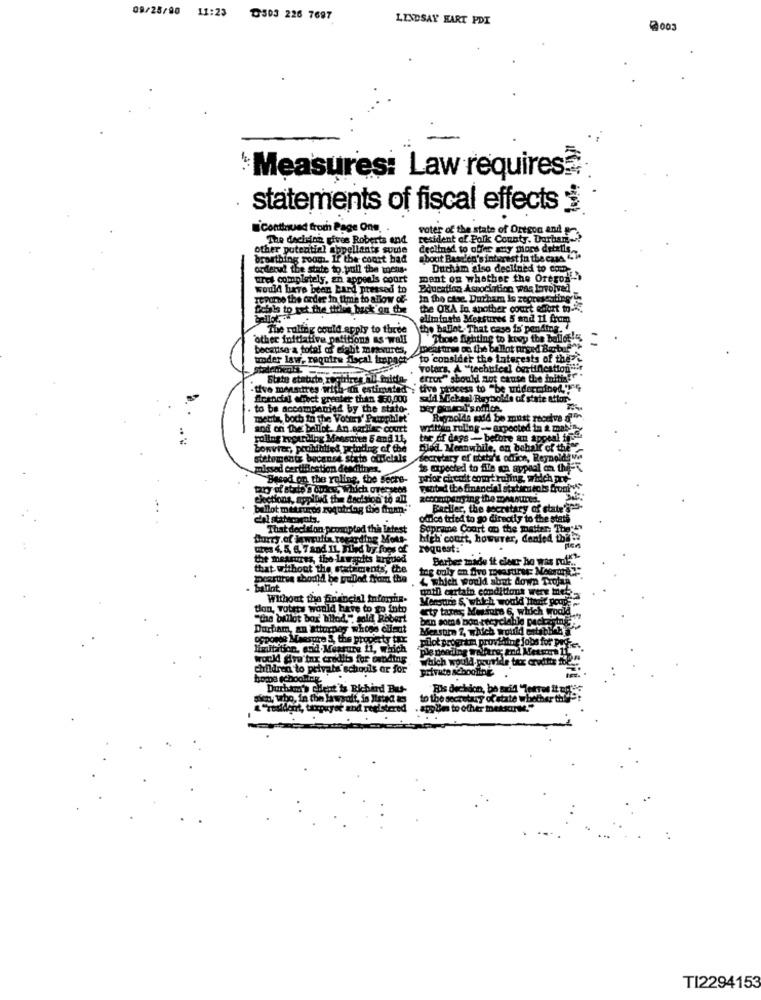
09/25/90 11:23 303 226 7697
LINDSAY HART PDI
2003
Measures: Law requires?
statements of fiscal effects i
icontinued from Page Ons.
voter of the state of Oregon and pr
The decision gives Roberts and
resident of Polk County. Durban ....
other potential appellants soute
declined to offer muy mors details.
breathing room. If the court had
about Bastien's interest in the case "i
orderud the state to pull the wochs.
Durham also declined to com
ures completely, an appeals court
mant on whether the Oregon-
would have been bard pressed to
Education Association was Involved
Tepore the order in time to allow of-
In the case. Durham Is representing"
Dobis to set the tirles back on the
the OKA In another court effort to -
allminsts Measures 5 and 11 from
The ruling could apply to three
the ballot That case is' pending.
other initiative patitions as well
Those fighting to kowy the ballot!
because-a total of ehabt measures,
meat tings od the ballot przed Bestof"
woder law, require docal Impact
to consider the Interests of the c
votar's, A "technical certification"""
Stato statute, regirin
"" should not cause the initi!".
-tive measures with-ih estimated : tive process to "be uddermined'y'}
-tive measures with ith estimated
ficandial efect greater than $60,000
safd Michael Rayholde of state attor-
to be accompanied by the stato-
mette, both in the Voum' Pamphlet
Reynolds sold be must receive ale
aod on the ballot An earlier court
written ruling -- expected in a mat
rollng regardlog Measures 5 and 11,
tor of days -- before an appeal ff
bowvier, prohititled prtoding of the
blod Meanwhile, on behalf of the"
statements because stato didelals
Secretary of thety's office, Reynolds ww
missed certification deadlines.
is mipected to Ale an atypaal on the-
Based on the ruling, the secre-
prior circuit court ruling, which are
ystad the financial statics tols broni
Clotions, applied the decision to all
accompanying the measured.
ballot metros requiring the from:"
Barller, the secretary of state'ge-
odico tried to go directly to the stati
That decision prompted thi letest
Supreme Court on the matter: The:""
Bhurry of lawrulla regarding Mots-
high court, howurer, denied thiba
ches 4,5, 6, 7and IL, Illed by foes of
request:"
the measures, the lavapits hrguod
Barber made it eler ho was rof ....
that without the statements, the
peartree should be pubod from the
L which would shut down Trojan
ballot
Without the financial informha-
unth certain conditions were Here
Monstre S, which would Itonit pour
tion, voters would have to go into
ety tarn; Mesure 6, which would ....
"the ballot box' blod," said Robert
ban some bon recyclable packaging-
Durham, an attorney whose client
Measure 2, which would etnisch
opponde Maestre 5, the property tir
pilot program providing jobs for pod-
limitation, and Measure 11, which
ple needing welfare; and Metsors 1
Would dra'inx credits for pending
which would. pouride tax crudttr
children to private schools ar for
private schooling
boros schoolfry
Durbang's chent is Richind Bus-
Fis dechdon, be said "Te
sien, trbo, in the lawsoft, in Isted &s
to the secretary of state whether this?
"resident, taxpayer and registered
applies to ofher meksarwe."
TI2294153